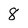
Character: 8